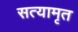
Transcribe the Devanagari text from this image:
सत्यामृत